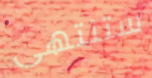
ستنتهى